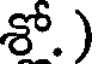
శో.)